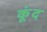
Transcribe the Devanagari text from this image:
कूंद